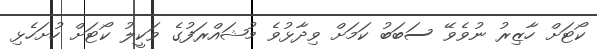
ކޯޓަށް ހާޒިރު ނުވެވޭ ސަބަބު ކަމަށް ވިދާޅުވެ މުޝައްރަފުގެ ވަކީލު ކޯޓަށް ހުށަހެޅި